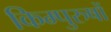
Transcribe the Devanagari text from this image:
किम्पुरुषों